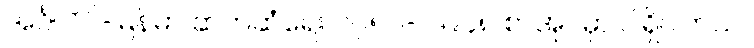
အင်္ဂလိပ်-မြန်မာ ဆက်ဆံရေး ၁၇၅၂- ၁၉၄၈ စာအုပ်မှာ ပါရှိပါတယ်။